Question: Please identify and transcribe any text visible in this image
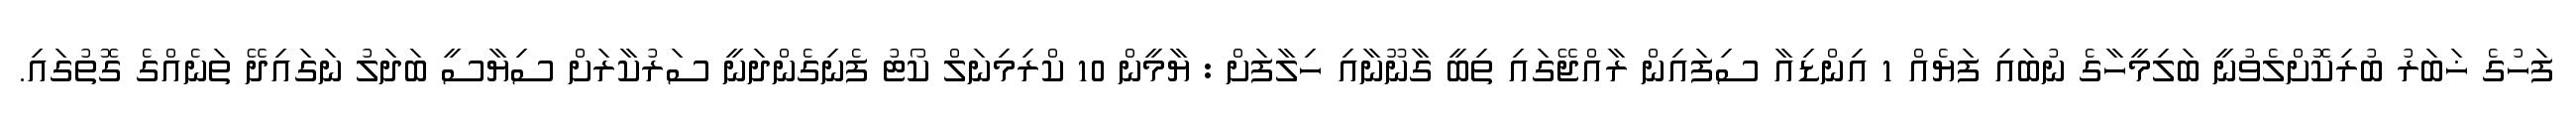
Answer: ފަހުގެ ޚަބަރު ބުރިކޮށްލެވުނީ ބަލިމީހާގެ ނުބައި ފަޔެއް 1 އިންޑިއާ ސިފައިން ރާއްޖޭގައި ތިބީ ގާނޫނާއި ހިލާފަށް : ޔާމީން 10 ކްރިމިނަލް ކޯޓު ފެނިގެންދަނީ ސަރުކާރަށް ސިޔާސީ ބަދަލު ނަގައިދޭ ތަނެއްގެ ގޮތުގައި.